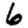
Digit: 6